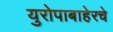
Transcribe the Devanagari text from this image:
युरोपाबाहेरचे